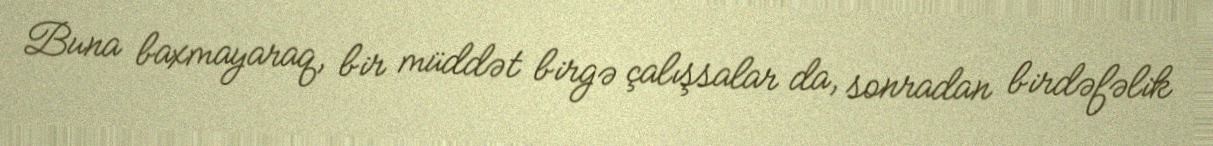
Buna baxmayaraq, bir müddət birgə çalışsalar da, sonradan birdəfəlik